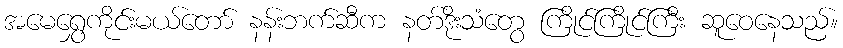
အမေရွှေကိုင်းမယ်တော် နန်းဘက်ဆီက နတ်ဒိုးသံတွေ ကြိုင်ကြိုင်ကြီး ဆူဝေနေသည်။